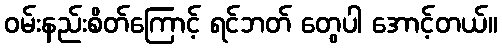
ဝမ်းနည်းစိတ်ကြောင့် ရင်ဘတ် တွေပါ အောင့်တယ်။